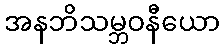
အနဘိသမ္ဘဝနီယော